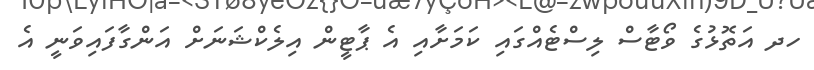
ހދ އަތޮޅުގެ ވޯޓާސް ލިސްޓެއްގައި ކަމަށާއި އެ ޕާޓީން އިލެކްޝަނަށް އަންގާފައިވަނީ އެ